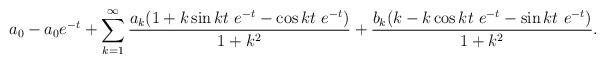
LaTeX: \begin{align*} a_0-a_0 e^{-t} +\sum \limits _{k=1}^{\infty } \frac{a_k (1+k \sin{k t}\ e^{-t}-\cos{k t}\ e^{-t})}{1+k^2} + \frac{b_k (k-k \cos{k t}\ e^{-t}-\sin{k t}\ e^{-t})}{1+k^2}. \end{align*}